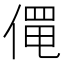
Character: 𬿄